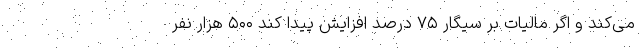
می‌کند و اگر مالیات بر سیگار ۷۵ درصد افزایش پیدا کند ۵۰۰ هزار نفر